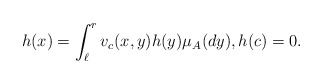
\begin{align*}h(x)= \int_{\ell}^rv_c(x,y) h(y)\mu_A(dy), h(c)=0.\end{align*}